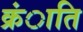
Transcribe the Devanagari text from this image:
क्रंाति